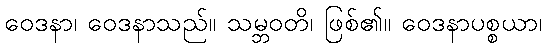
ဝေဒနာ၊ ဝေဒနာသည်။ သမ္ဘဝတိ၊ ဖြစ်၏။ ဝေဒနာပစ္စယာ၊